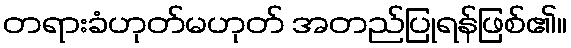
တရားခံဟုတ်မဟုတ် အတည်ပြုရန်ဖြစ်၏။